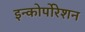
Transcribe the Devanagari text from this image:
इन्कोर्पाेरेशन